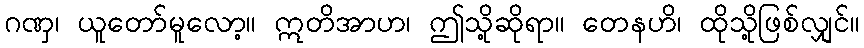
ဂဏှ၊ ယူတော်မူလော့။ ဣတိအာဟ၊ ဤသို့ဆိုရာ။ တေနဟိ၊ ထိုသို့ဖြစ်လျှင်။